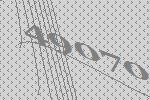
49070